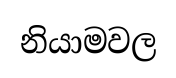
නියාමවල